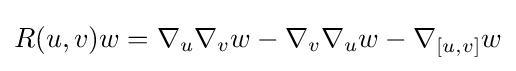
R(u,v)w=\nabla _{u}\nabla _{v}w-\nabla _{v}\nabla _{u}w-\nabla _{[u,v]}w